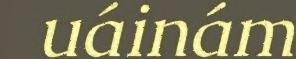
uáinám